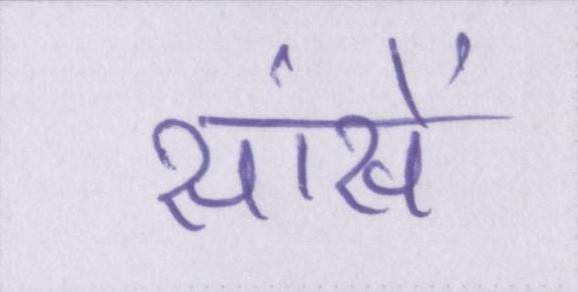
सांसें